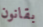
بقانون